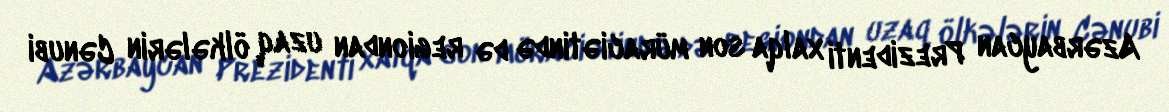
Azərbaycan Prezidenti xalqa son müraciətində də regiondan uzaq ölkələrin Cənubi